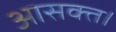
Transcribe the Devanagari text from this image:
आसक्त।